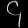
Digit: ၄